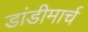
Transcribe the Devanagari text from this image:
डांडीमार्च